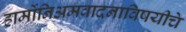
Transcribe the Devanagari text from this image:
हार्मोनिअमवादनाविषयीचे